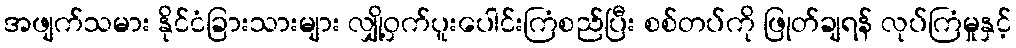
အဖျက်သမား နိုင်ငံခြားသားများ လျှို့ဝှက်ပူးပေါင်းကြံစည်ပြီး စစ်တပ်ကို ဖြုတ်ချရန် လုပ်ကြံမှုနှင့်